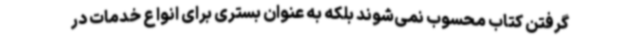
گرفتن کتاب محسوب نمی‌شوند بلکه به عنوان بستری برای انواع خدمات در